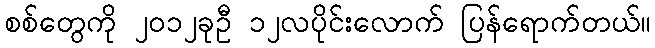
စစ်တွေကို ၂၀၁၂ခုဦ ၁၂လပိုင်းလောက် ပြန်ရောက်တယ်။